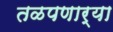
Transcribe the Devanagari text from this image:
तळपणार्‍या